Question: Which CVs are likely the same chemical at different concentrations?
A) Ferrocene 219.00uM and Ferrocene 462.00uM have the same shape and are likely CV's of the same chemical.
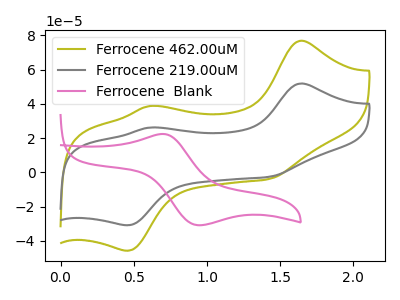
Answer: <think>The olive curve "Ferrocene 462.00uM" has anodic peaks at (1.65V, 76.90uA) (0.60V, 38.75uA) and cathodic peaks at (1.45V, -3.85uA) (0.45V, -45.85uA). The gray curve "Ferrocene 219.00uM" has anodic peaks at (1.65V, 51.90uA) (0.60V, 26.15uA) and cathodic peaks at (1.45V, -2.60uA) (0.45V, -30.95uA). The pink curve "Ferrocene  Blank" has an anodic peak at (0.70V, 22.40uA) and a cathodic peak at (0.95V, -30.90uA).
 All the peaks in "Ferrocene 462.00uM" have a peak in "Ferrocene 219.00uM" at the same potential. Every peak in "Ferrocene 462.00uM" is higher than every peak in "Ferrocene 219.00uM". "Ferrocene 462.00uM" and "Ferrocene  Blank" have a different number of peaks. "Ferrocene 219.00uM" and "Ferrocene  Blank" have a different number of peaks.</think>
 <answer>A) "Ferrocene 219.00uM" and "Ferrocene 462.00uM" have the same shape and are likely CV's of the same chemical.</answer>
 <eval>A</eval>